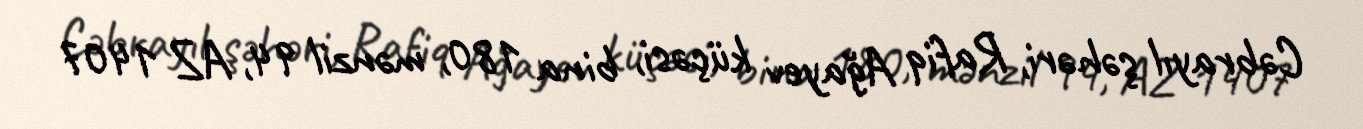
Cəbrayıl şəhəri, Rafiq Ağayev küçəsi, bina 180, mənzil 94, AZ 1407